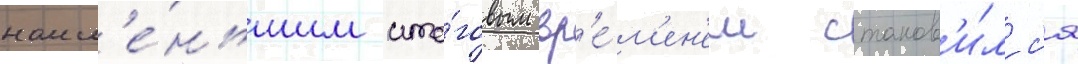
наим'е́ньшим ито́говым вр'е́м'ен'ем станов'и́лс'я